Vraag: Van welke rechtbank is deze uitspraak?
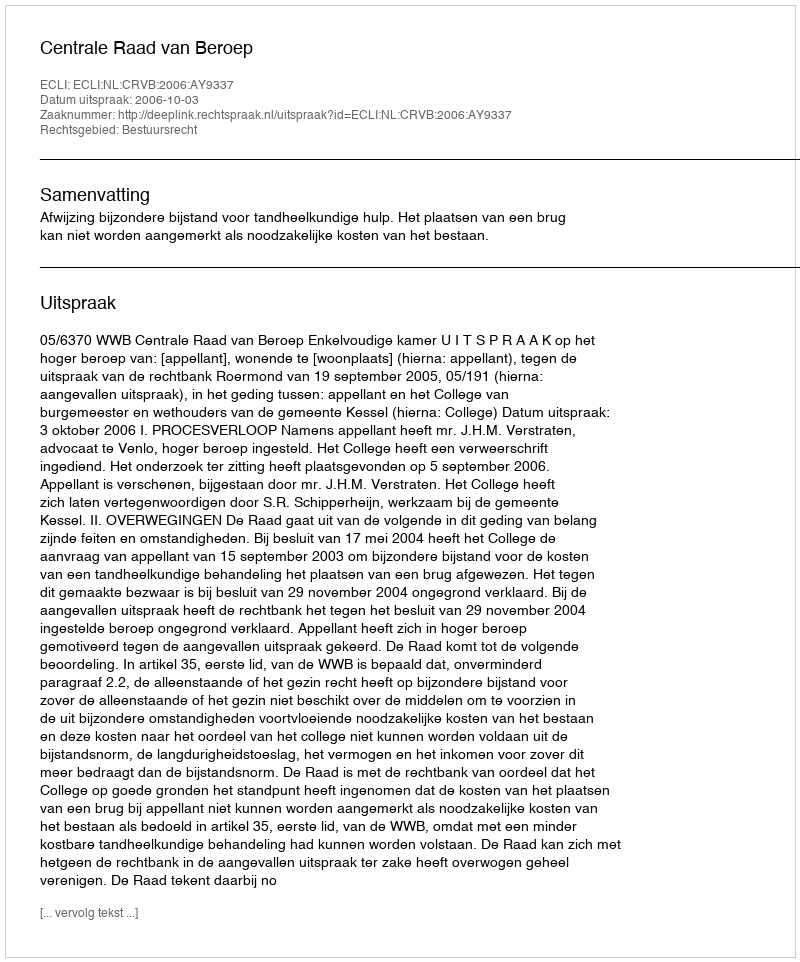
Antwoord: Centrale Raad van Beroep